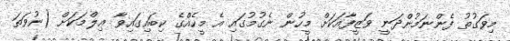
މިވަގުތު ފެންނަމުންދަނީ ވަޒީފާއަކަށް މީހުން ނެގުމުގައި އެ މީހެއްގެ ކިބައިގައިވާ ޢިލްމަކަށް (ނުވަތަ